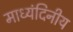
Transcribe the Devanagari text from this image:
माध्यंदिनीय